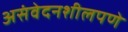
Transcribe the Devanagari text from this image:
असंवेदनशीलपणे